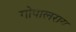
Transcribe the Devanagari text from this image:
गोपालराय